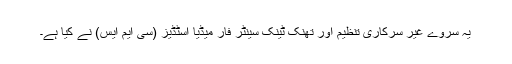
یہ سروے غیر سرکاری تنظیم اور تھنک ٹینک سینٹر فار میڈیا اسٹڈیز (سی ایم ایس) نے کیا ہے۔